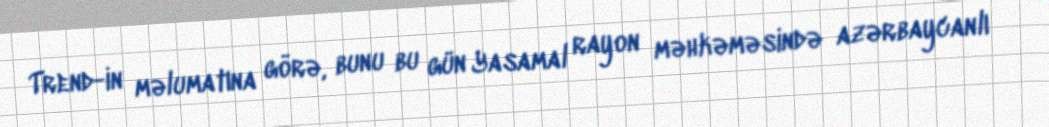
Trend-in məlumatına görə, bunu bu gün Yasamal rayon məhkəməsində azərbaycanlı